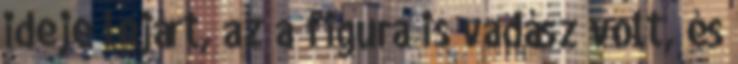
ideje lejárt, az a figura is vadász volt, és